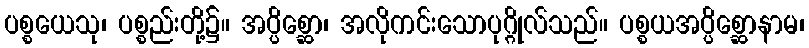
ပစ္စယေသု၊ ပစ္စည်းတို့၌။ အပ္ပိစ္ဆော၊ အလိုကင်းသောပုဂ္ဂိုလ်သည်။ ပစ္စယအပ္ပိစ္ဆောနာမ၊